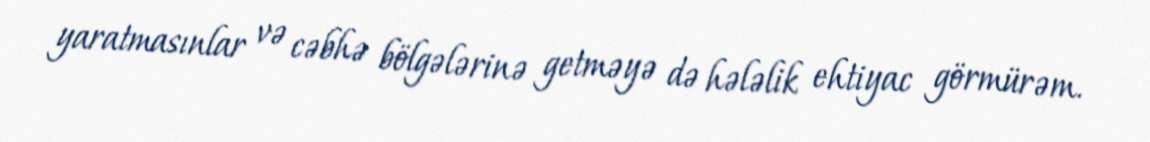
yaratmasınlar və cəbhə bölgələrinə getməyə də hələlik ehtiyac görmürəm.